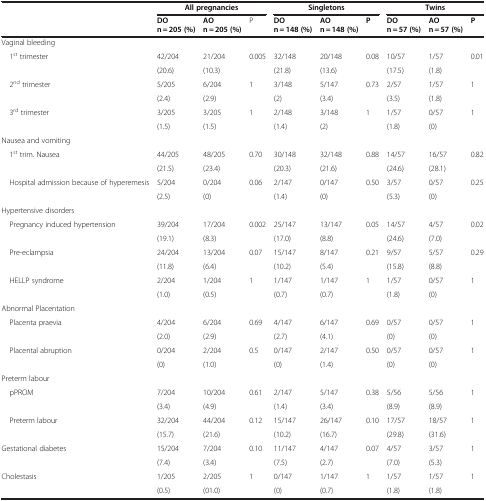
<table><thead><tr><td><b> </b></td><td colspan="3"><b>All pregnancies</b></td><td colspan="3"><b>Singletons</b></td><td colspan="3"><b>Twins</b></td></tr><tr><td rowspan="2"><b> </b></td><td><b>DO</b></td><td><b>AO</b></td><td rowspan="2"><b>P</b></td><td><b>DO</b></td><td><b>AO</b></td><td rowspan="2"><b>P</b></td><td><b>DO</b></td><td><b>AO</b></td><td rowspan="2"><b>P</b></td></tr><tr><td><b>n = 205 (%)</b></td><td><b>n = 205 (%)</b></td><td><b>n = 148 (%)</b></td><td><b>n = 148 (%)</b></td><td><b>n = 57 (%)</b></td><td><b>n = 57 (%)</b></td></tr></thead><tbody><tr><td>Vaginal bleeding</td><td> </td><td> </td><td> </td><td> </td><td> </td><td> </td><td> </td><td> </td><td> </td></tr><tr><td rowspan="2"> 1<sup>st</sup> trimester</td><td>42/204</td><td>21/204</td><td rowspan="2">0.005</td><td>32/148</td><td>20/148</td><td rowspan="2">0.08</td><td>10/57</td><td>1/57</td><td rowspan="2">0.01</td></tr><tr><td>(20.6)</td><td>(10.3)</td><td>(21.8)</td><td>(13.6)</td><td>(17.5)</td><td>(1.8)</td></tr><tr><td rowspan="2"> 2<sup>nd</sup> trimester</td><td>5/205</td><td>6/204</td><td rowspan="2">1</td><td>3/148</td><td>5/147</td><td rowspan="2">0.73</td><td>2/57</td><td>1/57</td><td rowspan="2">1</td></tr><tr><td>(2.4)</td><td>(2.9)</td><td>(2)</td><td>(3.4)</td><td>(3.5)</td><td>(1.8)</td></tr><tr><td rowspan="2"> 3<sup>rd</sup> trimester</td><td>3/205</td><td>3/205</td><td rowspan="2">1</td><td>2/148</td><td>3/148</td><td rowspan="2">1</td><td>1/57</td><td>0/57</td><td rowspan="2">1</td></tr><tr><td>(1.5)</td><td>(1.5)</td><td>(1.4)</td><td>(2)</td><td>(1.8)</td><td>(0)</td></tr><tr><td>Nausea and vomiting</td><td> </td><td> </td><td> </td><td> </td><td> </td><td> </td><td> </td><td> </td><td> </td></tr><tr><td rowspan="2"> 1<sup>st</sup> trim. Nausea</td><td>44/205</td><td>48/205</td><td rowspan="2">0.70</td><td>30/148</td><td>32/148</td><td rowspan="2">0.88</td><td>14/57</td><td>16/57</td><td rowspan="2">0.82</td></tr><tr><td>(21.5)</td><td>(23.4)</td><td>(20.3)</td><td>(21.6)</td><td>(24.6)</td><td>(28.1)</td></tr><tr><td rowspan="2"> Hospital admission because of hyperemesis</td><td>5/204</td><td>0/204</td><td rowspan="2">0.06</td><td>2/147</td><td>0/147</td><td rowspan="2">0.50</td><td>3/57</td><td>0/57</td><td rowspan="2">0.25</td></tr><tr><td>(2.5)</td><td>(0)</td><td>(1.4)</td><td>(0)</td><td>(5.3)</td><td>(0)</td></tr><tr><td>Hypertensive disorders</td><td> </td><td> </td><td> </td><td> </td><td> </td><td> </td><td> </td><td> </td><td> </td></tr><tr><td rowspan="2"> Pregnancy induced hypertension</td><td>39/204</td><td>17/204</td><td rowspan="2">0.002</td><td>25/147</td><td>13/147</td><td rowspan="2">0.05</td><td>14/57</td><td>4/57</td><td rowspan="2">0.02</td></tr><tr><td>(19.1)</td><td>(8.3)</td><td>(17.0)</td><td>(8.8)</td><td>(24.6)</td><td>(7.0)</td></tr><tr><td rowspan="2"> Pre-eclampsia</td><td>24/204</td><td>13/204</td><td rowspan="2">0.07</td><td>15/147</td><td>8/147</td><td rowspan="2">0.21</td><td>9/57</td><td>5/57</td><td rowspan="2">0.29</td></tr><tr><td>(11.8)</td><td>(6.4)</td><td>(10.2)</td><td>(5.4)</td><td>(15.8)</td><td>(8.8)</td></tr><tr><td rowspan="2"> HELLP syndrome</td><td>2/204</td><td>1/204</td><td rowspan="2">1</td><td>1/147</td><td>1/147</td><td rowspan="2">1</td><td>1/57</td><td>0/57</td><td rowspan="2">1</td></tr><tr><td>(1.0)</td><td>(0.5)</td><td>(0.7)</td><td>(0.7)</td><td>(1.8)</td><td>(0)</td></tr><tr><td>Abnormal Placentation</td><td> </td><td> </td><td> </td><td> </td><td> </td><td> </td><td> </td><td> </td><td> </td></tr><tr><td rowspan="2"> Placenta praevia</td><td>4/204</td><td>6/204</td><td rowspan="2">0.69</td><td>4/147</td><td>6/147</td><td rowspan="2">0.69</td><td>0/57</td><td>0/57</td><td rowspan="2">1</td></tr><tr><td>(2.0)</td><td>(2.9)</td><td>(2.7)</td><td>(4.1)</td><td>(0)</td><td>(0)</td></tr><tr><td rowspan="2"> Placental abruption</td><td>0/204</td><td>2/204</td><td rowspan="2">0.5</td><td>0/147</td><td>2/147</td><td rowspan="2">0.50</td><td>0/57</td><td>0/57</td><td rowspan="2">1</td></tr><tr><td>(0)</td><td>(1.0)</td><td>(0)</td><td>(1.4)</td><td>(0)</td><td>(0)</td></tr><tr><td>Preterm labour</td><td> </td><td> </td><td> </td><td> </td><td> </td><td> </td><td> </td><td> </td><td> </td></tr><tr><td rowspan="2"> pPROM</td><td>7/204</td><td>10/204</td><td rowspan="2">0.61</td><td>2/147</td><td>5/147</td><td rowspan="2">0.38</td><td>5/56</td><td>5/56</td><td rowspan="2">1</td></tr><tr><td>(3.4)</td><td>(4.9)</td><td>(1.4)</td><td>(3.4)</td><td>(8.9)</td><td>(8.9)</td></tr><tr><td rowspan="2"> Preterm labour</td><td>32/204</td><td>44/204</td><td rowspan="2">0.12</td><td>15/147</td><td>26/147</td><td rowspan="2">0.10</td><td>17/57</td><td>18/57</td><td rowspan="2">1</td></tr><tr><td>(15.7)</td><td>(21.6)</td><td>(10.2)</td><td>(16.7)</td><td>(29.8)</td><td>(31.6)</td></tr><tr><td rowspan="2">Gestational diabetes</td><td>15/204</td><td>7/204</td><td rowspan="2">0.10</td><td>11/147</td><td>4/147</td><td rowspan="2">0.07</td><td>4/57</td><td>3/57</td><td rowspan="2">1</td></tr><tr><td>(7.4)</td><td>(3.4)</td><td>(7.5)</td><td>(2.7)</td><td>(7.0)</td><td>(5.3)</td></tr><tr><td rowspan="2">Cholestasis</td><td>1/205</td><td>2/205</td><td rowspan="2">1</td><td>0/147</td><td>1/147</td><td rowspan="2">1</td><td>1/57</td><td>1/57</td><td rowspan="2">1</td></tr><tr><td>(0.5)</td><td>(01.0)</td><td>(0)</td><td>(0.7)</td><td>(1.8)</td><td>(1.8)</td></tr></tbody></table>